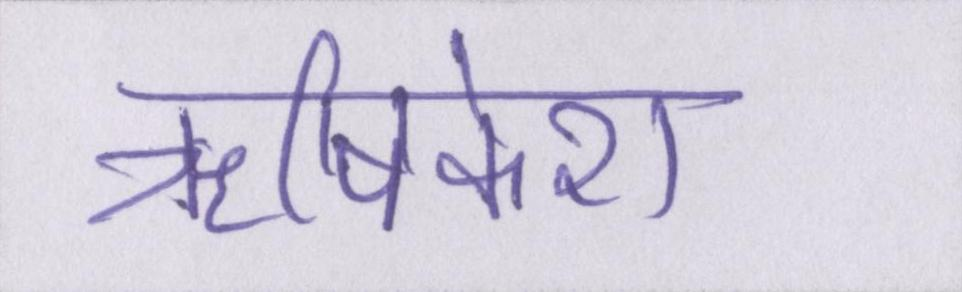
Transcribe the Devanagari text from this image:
ॠषिकेश